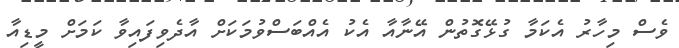
ވެސް މިހާރު އެކަމާ ގުޅޭގޮތުން އޭނާއާ އެކު އެއްބަސްވުމަކަށް އާދެވިފައިވާ ކަމަށް މީޑިއާ